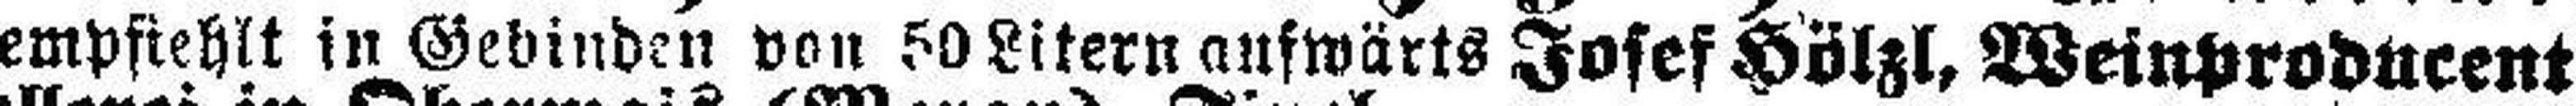
empfiehlt in Gebinden von 50 Litern aufwärts Jofef Hölzl, Weinproducent